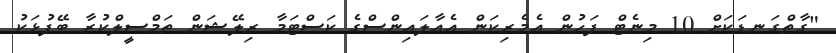
"ގާތްގަނޑަކަށް 10 މިނެޓް ފަހުން އެމެރިކަން އެއާލައިންސްގެ ކަސްޓަމާ ރިލޭޝަން ތަމްސީލްކުރާ ބޭފުޅަކު